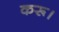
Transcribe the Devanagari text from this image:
करू।